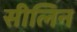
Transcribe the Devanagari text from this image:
सीलिन